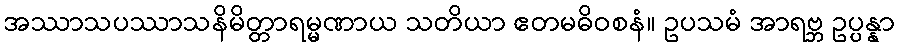
အဿာသပဿာသနိမိတ္တာရမ္မဏာယ သတိယာ ဧတမဓိဝစနံ။ ဥပသမံ အာရဗ္ဘ ဥပ္ပန္နာ